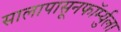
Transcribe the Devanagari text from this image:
सालापासूनफॉर्म्युला